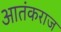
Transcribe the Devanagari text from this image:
आतंकराज